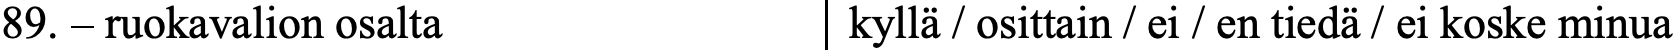
89. – ruokavalion osalta    kyllä / osittain / ei / en tiedä / ei koske minua